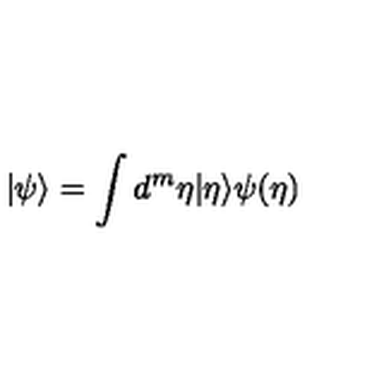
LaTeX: | \psi \rangle = \int d ^ { m } \eta | \eta \rangle \psi ( \eta )